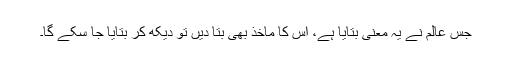
جس عالم نے یہ معنی بتایا ہے، اس کا ماخذ بھی بتا دیں تو دیکھ کر بتایا جا سکے گا۔